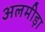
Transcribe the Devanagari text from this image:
अलमीड़ा